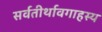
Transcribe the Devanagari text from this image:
सर्वतीर्थावगाहस्य